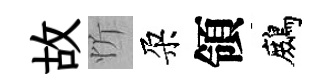
故忻朶領鷓